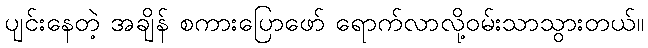
ပျင်းနေတဲ့ အချိန် စကားပြောဖော် ရောက်လာလို့ဝမ်းသာသွားတယ်။